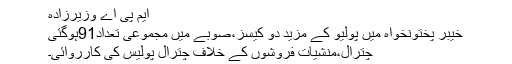
ایم پی اے وزیرزادہ
خیبر پختونخواہ میں پولیو کے مزید دو کیسز،صوبے میں مجموعی تعداد91ہوگئی
چترال،منشیات فروشوں کے خلاف چترال پولیس کی کارروائی۔